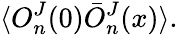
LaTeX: \langle O_{n}^{J}(0)\bar{O}_{n}^{J}(x)\rangle.